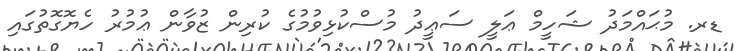
ޑރ. މުޙައްމަދު ޝަހީމް ޢަލީ ސަޢީދު މުސްކުޅިވުމުގެ ކުރިން ޒުވާން ޢުމުރު ހެޔޮގޮތުގައި